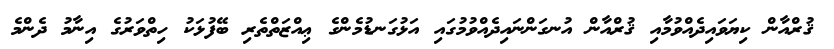
ޤުރްއާން ކިޔަވައިދެއްވުމާއި ޤުރްއާން އުނގަންނައިދެއްވުމުގައި އަޅުގަނޑުމެންގެ ޢިއްޒަތްތެރި ބޭފުޅަކު ހިތްވަރުގެ އިނާމު ދެންމެ